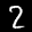
Label: 2